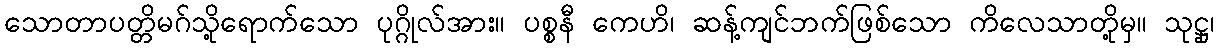
သောတာပတ္တိမဂ်သို့ရောက်သော ပုဂ္ဂိုလ်အား။ ပစ္စနီ ကေဟိ၊ ဆန့်ကျင်ဘက်ဖြစ်သော ကိလေသာတို့မှ။ သုဋ္ဌု၊